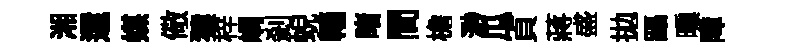
湘還媒儆猿梓嵎刹蜺轖睹間檐𣺌瓜貞蔣盛拋躡曛障